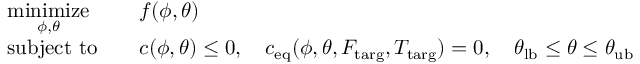
\begin{array} { r l r l } & { \underset { \phi , \theta } { \mathrm { m i n i m i z e } } } & & { f ( \phi , \theta ) } \\ & { \mathrm { s u b j e c t ~ t o } } & & { c ( \phi , \theta ) \le 0 , \quad c _ { \mathrm { e q } } ( \phi , \theta , F _ { \mathrm { t a r g } } , T _ { \mathrm { t a r g } } ) = 0 , \quad \theta _ { \mathrm { l b } } \le \theta \le \theta _ { \mathrm { u b } } } \end{array}